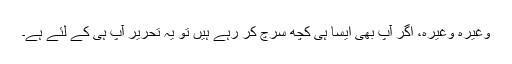
وغیرہ وغیرہ، اگر آپ بھی ایسا ہی کچھ سرچ کر رہے ہیں تو یہ تحریر آپ ہی کے لئے ہے۔